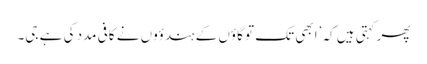
پھر کہتی ہیں کہ ’ابھی تک تو گاؤں کے ہندؤوں نے کافی مدد کی ہے جی۔